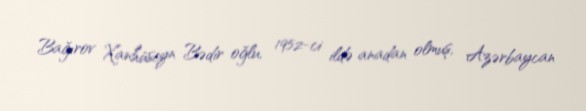
Bağırov Xanhüseyn Bədir oğlu, 1952-ci ildə anadan olmuş, Azərbaycan